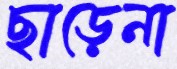
ছাড়েনা